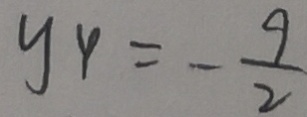
y _ { 4 } = - \frac { 9 } { 2 }